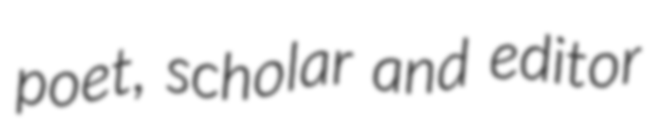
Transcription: poet, scholar and editor